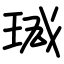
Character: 瑊